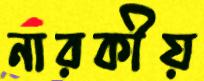
নারকীয়